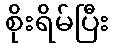
စိုးရိမ်ပြီး